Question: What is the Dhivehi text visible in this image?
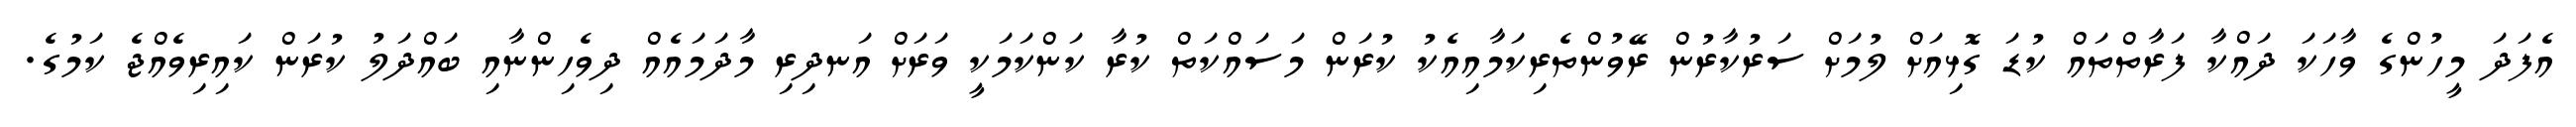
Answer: އެފަދަ މީހުންގެ ވާހަކަ ދައްކާ ފަރާތްތައް ކުޑަ ގޮޅިއަށް ލުމަށް ސަރުކާރުން ރޭވުންތެރިކަމާއިއެކު ކުރަން މަސައްކަތް ކުރާ ކަންކަމަކީ ވަރަށް އަނދިރި މާދަމައެއް ދިވެހިންނާއި ބައްދަލު ކުރަން ކައިރިވެއްޖެ ކަމުގެ.